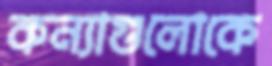
কন্যাগুলোকে